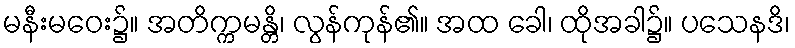
မနီးမဝေး၌။ အတိက္ကမန္တိ၊ လွန်ကုန်၏။ အထ ခေါ၊ ထိုအခါ၌။ ပသေနဒိ၊